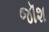
જૉશ